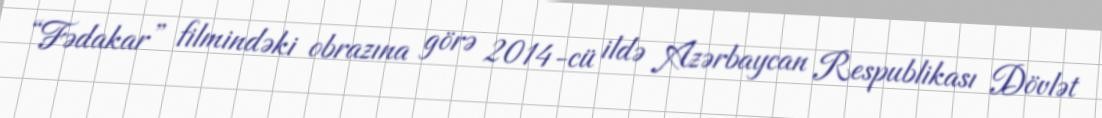
“Fədakar” filmindəki obrazına görə 2014-cü ildə Azərbaycan Respublikası Dövlət